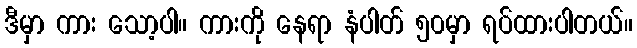
ဒီမှာ ကား သော့ပါ။ ကားကို နေရာ နံပါတ် ၅၀မှာ ရပ်ထားပါတယ်။